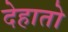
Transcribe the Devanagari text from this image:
देहातो